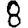
Digit: 8